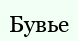
Бувье